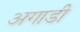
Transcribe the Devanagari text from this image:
अगाडी